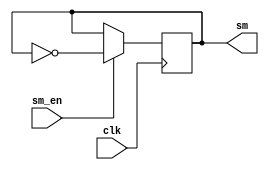
module sm(clk, sm_en, sm);
	input wire clk, sm_en;
	output reg sm;

always @(negedge clk) begin
	if (sm_en) begin
		sm <= ~sm;
	end
end
endmodule